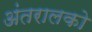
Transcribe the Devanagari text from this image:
अंतरालको